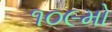
૧૦૯મો